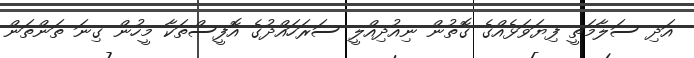
އަދި ސަލާމަތީ ފިޔަވަޅެއްގެ ގޮތުން ނިއުދިއްލީ ސަރަހައްދުގެ އޮފީސްތަކާ މީހުން ގިނަ ތަންތަން